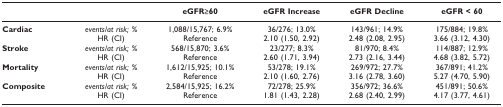
<table><thead><tr><td></td><td></td><td><b>eGFR≥60</b></td><td><b>eGFR Increase</b></td><td><b>eGFR Decline</b></td><td><b>eGFR &lt; 60</b></td></tr></thead><tbody><tr><td><b>Cardiac</b></td><td><i>events/at risk; %</i></td><td>1,088/15,767; 6.9%</td><td>36/276; 13.0%</td><td>143/961; 14.9%</td><td>175/884; 19.8%</td></tr><tr><td></td><td>HR (CI)</td><td>Reference</td><td>2.10 (1.50, 2.92)</td><td>2.48 (2.08, 2.95)</td><td>3.66 (3.12, 4.30)</td></tr><tr><td><b>Stroke</b></td><td><i>events/at risk; %</i></td><td>568/15,870; 3.6%</td><td>23/277; 8.3%</td><td>81/970; 8.4%</td><td>114/887; 12.9%</td></tr><tr><td></td><td>HR (CI)</td><td>Reference</td><td>2.60 (1.71, 3.94)</td><td>2.73 (2.16, 3.44)</td><td>4.68 (3.82, 5.72)</td></tr><tr><td><b>Mortality</b></td><td><i>events/at risk; %</i></td><td>1,612/15,925; 10.1%</td><td>53/278; 19.1%</td><td>269/972; 27.7%</td><td>367/891; 41.2%</td></tr><tr><td></td><td>HR (CI)</td><td>Reference</td><td>2.10 (1.60, 2.76)</td><td>3.16 (2.78, 3.60)</td><td>5.27 (4.70, 5.90)</td></tr><tr><td><b>Composite</b></td><td><i>events/at risk; %</i></td><td>2,584/15,925; 16.2%</td><td>72/278; 25.9%</td><td>356/972; 36.6%</td><td>451/891; 50.6%</td></tr><tr><td></td><td>HR (CI)</td><td>Reference</td><td>1.81 (1.43, 2.28)</td><td>2.68 (2.40, 2.99)</td><td>4.17 (3.77, 4.61)</td></tr></tbody></table>